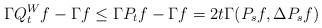
LaTeX: \begin{align*}\Gamma Q_t^W f - \Gamma f \leq \Gamma P_t f - \Gamma f = 2t\Gamma(P_s f, \Delta P_s f)\end{align*}